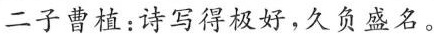
二子曹植；诗写得极好，久负盛名。